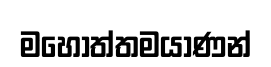
මහොත්තමයාණන්